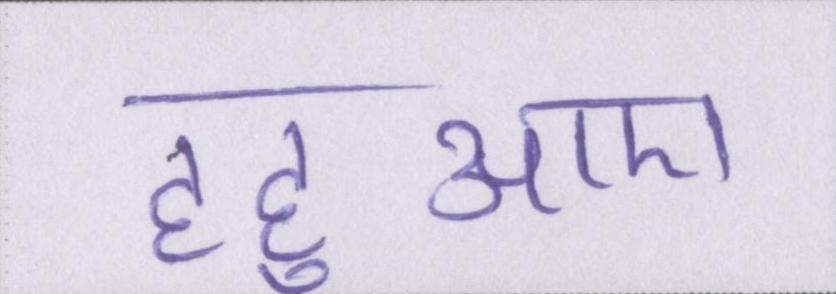
हहुआए